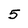
Character: 5